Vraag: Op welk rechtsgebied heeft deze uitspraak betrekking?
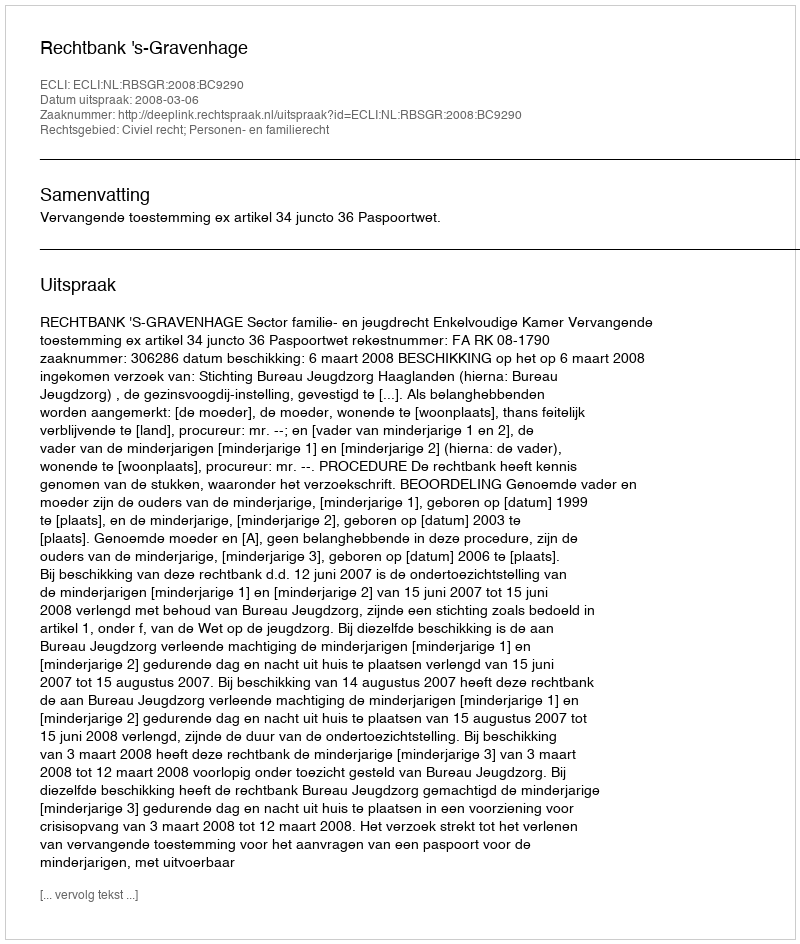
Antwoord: Civiel recht; Personen- en familierecht